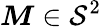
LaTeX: {\boldsymbol{M}}\in{\mathcal{S}}^{2}